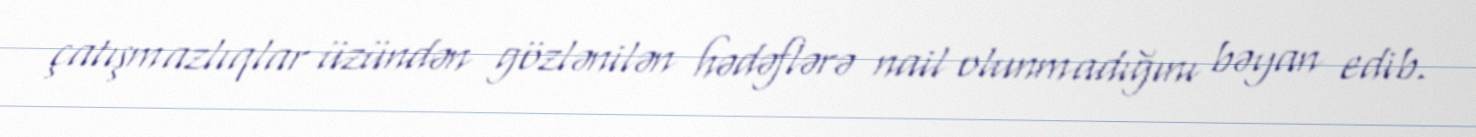
çatışmazlıqlar üzündən gözlənilən hədəflərə nail olunmadığını bəyan edib.